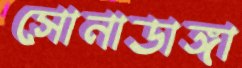
সোনাডাঙ্গা